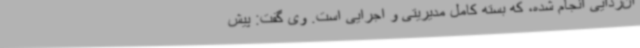
ان‌زدایی انجام شده، که بسته کامل مدیریتی و اجرایی است. وی گفت: پیش